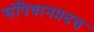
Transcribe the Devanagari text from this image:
संपिधानप्रदत्त